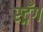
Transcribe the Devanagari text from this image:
स्ट्रँग